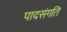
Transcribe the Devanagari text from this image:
पादसंगति